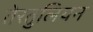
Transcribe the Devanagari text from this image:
तेरतुलियन